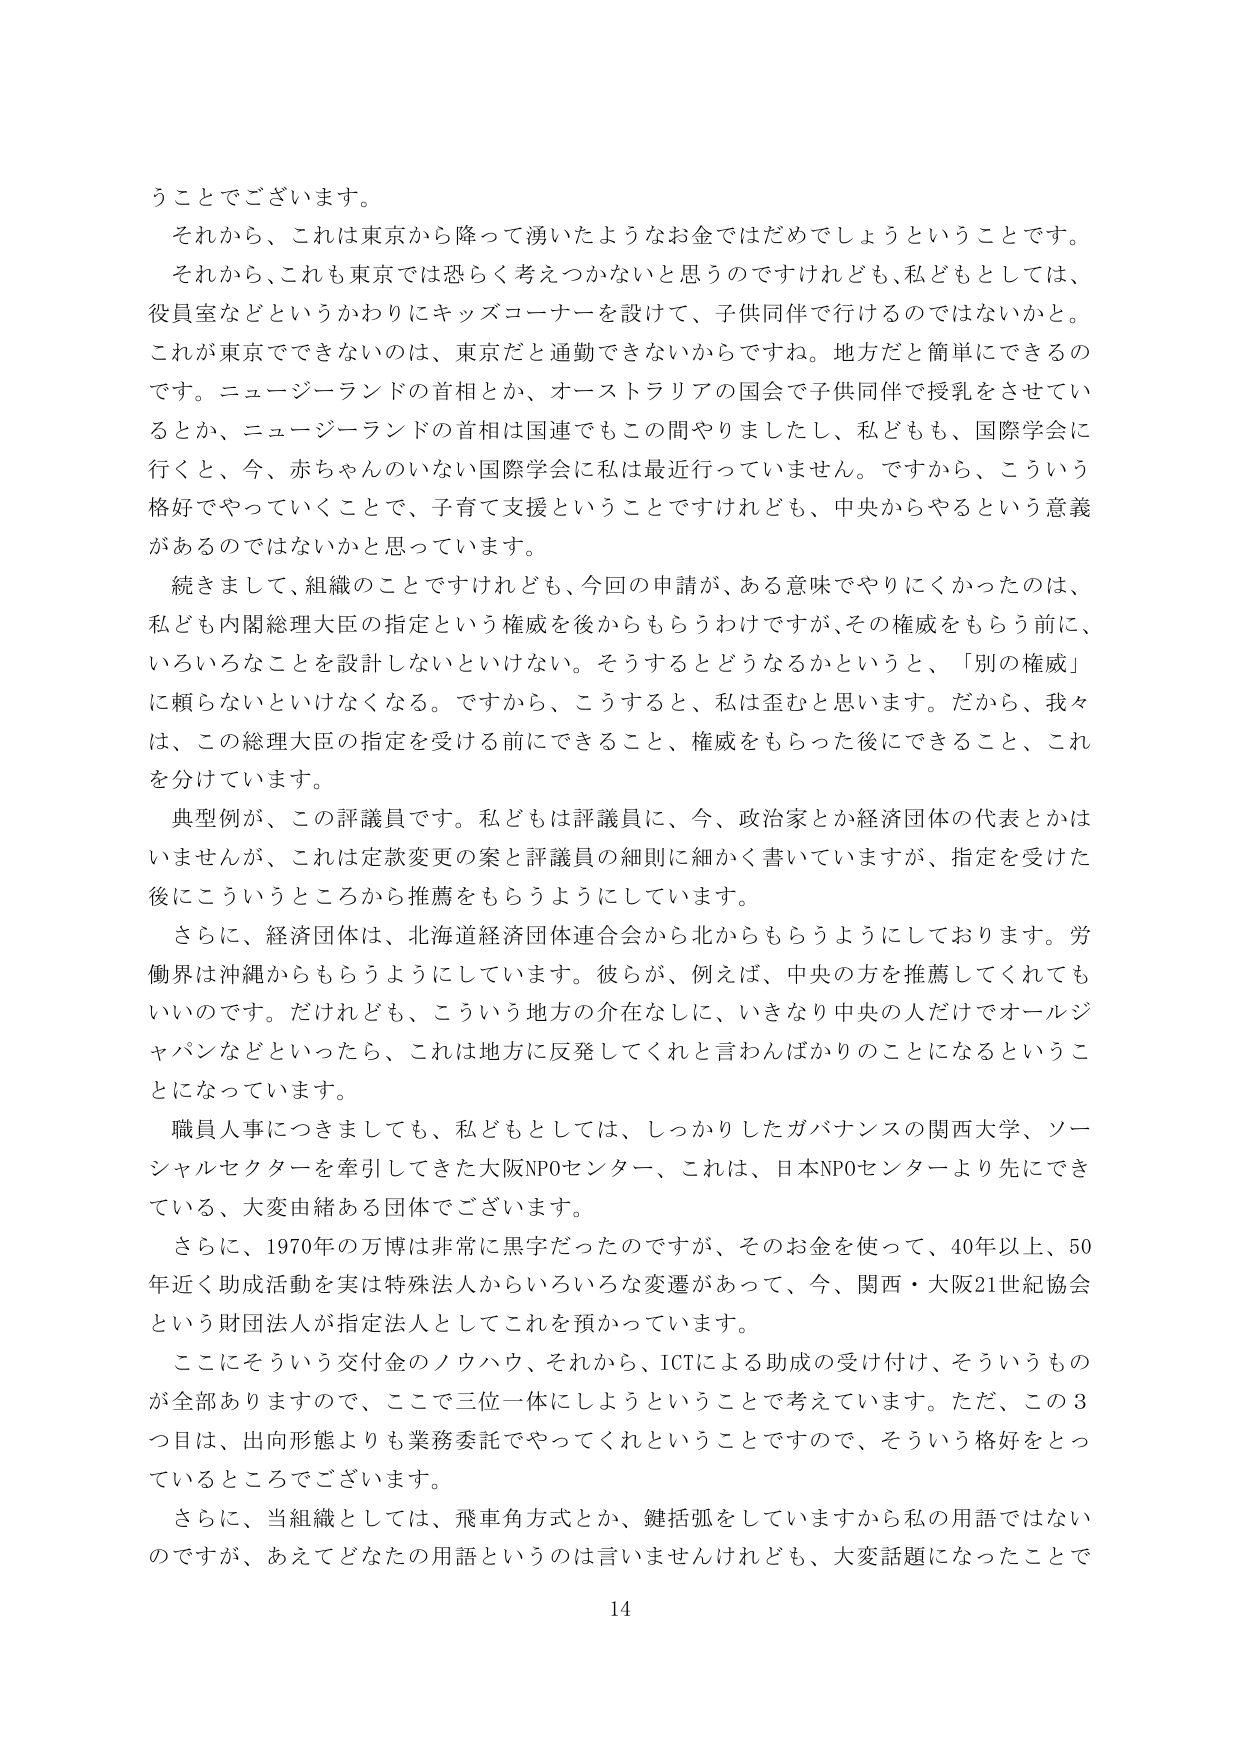
うことでございます。

それから、これは東京から降って湧いたようなお金ではだめでしょうということです。
それから、これも東京では恐らく考えつかないと思うのですけれども、私どもとしては、
役員室などというわかりにキッズコーナーを設けて、子供同伴で行けるのではないかなと。
これが東京でできないのは、東京だと通勤できないからですね。地方だと簡単にできるの
です。ニュージーランドの首相とか、オーストラリアの国会で子供同伴で授乳をさせてい
るとか、ニュージーランドの首相は国連でもこの間やりましたし、私どもも、国際学会に
行くと、今、赤ちゃんのいない国際学会に私は最近行っていません。ですから、こういう
格好でやっていくことで、子育て支援ということですけれども、中央からやるという意義
があるのではないかなと思っています。

続きまして、組織のことですけれども、今回の申請が、ある意味でやりにくかったのは、
私ども内閣総理大臣の指定という権威を後からもらうわけですが、その権威をもらう前に、
いろいろなことを設計しないといけない。そうするとどうなるかというと、「別の権威」
に頼らないといけなくなる。ですから、こうすると、私は歪むと思います。だから、我々
は、この総理大臣の指定を受ける前にできること、権威をもらった後にできること、これ
を分けています。

典型例が、この評議員です。私どもは評議員に、今、政治家とか経済団体の代表とかは
いませんが、これは定款変更の案と評議員の細則に細かく書いていますが、指定を受けた
後にこういうところから推薦をもらうようにしています。

さらに、経済団体は、北海道経済団体連合会から北からもらうようにしております。労
働界は沖縄からもらうようにしています。彼らが、例えば、中央の方を推薦してくれても
いいのです。だけれども、こういう地方の介在なしに、いきなり中央の人だけでオールジ
ャパンなどといったら、これは地方に反発してくれと言わんばかりのことになるというこ
とになっています。

職員人事につきましても、私どもとしては、しっかりしたガバナンスの関西大学、ソー
シャルセクターを牽引してきた大阪NPOセンター、これは、日本NPOセンターより先にでき
ている、大変由緒ある団体でございます。

さらに、1970年の万博は非常に黒字だったのですが、そのお金を使って、40年以上、50
年近く助成活動を実は特殊法人からいろいろな変遷があって、今、関西・大阪21世紀協会
という財団法人が指定法人としてこれを預かっています。

ここにそういう交付金のノウハウ、それから、ICTによる助成の受け付け、そういうもの
が全部ありますので、ここで三位一体にしようということで考えています。ただ、この3
つ目は、出向形態よりも業務委託でやってくれということでですので、そういう格好をとっ
ているところでございます。

さらに、当組織としては、飛車角方式とか、鍵括弧をしていますから私の用語ではない
のですが、あえてどなたの用語というのは言いませんけれども、大変話題になったことで

14